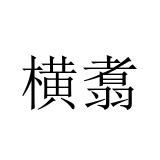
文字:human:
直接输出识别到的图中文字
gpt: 横翥